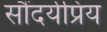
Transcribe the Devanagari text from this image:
सौंदर्यप्रिय